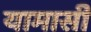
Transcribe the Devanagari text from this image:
यामासी